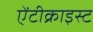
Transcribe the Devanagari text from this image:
ऐंटीक्राइस्ट